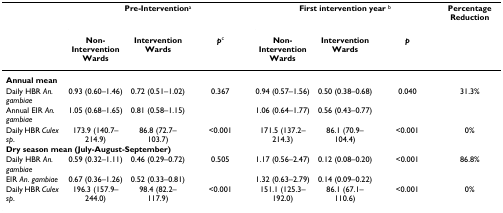
|  | <COLSPAN=3> Pre-Interventiona | <COLSPAN=3> First intervention year b | Percentage Reduction |
 |  | Non-Intervention Wards | Intervention Wards | pc | Non-Intervention Wards | Intervention Wards | p |  |
 | --- | --- | --- | --- | --- | --- | --- | --- |
 | <COLSPAN=8> Annual mean |
 | Daily HBR An. gambiae | 0.93 (0.60–1.46) | 0.72 (0.51–1.02) | 0.367 | 0.94 (0.57–1.56) | 0.50 (0.38–0.68) | 0.040 | 31.3% |
 | Annual EIR An. gambiae | 1.05 (0.68–1.65) | 0.81 (0.58–1.15) |  | 1.06 (0.64–1.77) | 0.56 (0.43–0.77) |  |  |
 | Daily HBR Culex sp. | 173.9 (140.7–214.9) | 86.8 (72.7–103.7) | <0.001 | 171.5 (137.2–214.3) | 86.1 (70.9–104.4) | <0.001 | 0% |
 | <COLSPAN=8> Dry season mean (July-August-September) |
 | Daily HBR An. gambiae | 0.59 (0.32–1.11) | 0.46 (0.29–0.72) | 0.505 | 1.17 (0.56–2.47) | 0.12 (0.08–0.20) | <0.001 | 86.8% |
 | EIR An. gambiae | 0.67 (0.36–1.26) | 0.52 (0.33–0.81) |  | 1.32 (0.63–2.79) | 0.14 (0.09–0.22) |  |  |
 | Daily HBR Culex sp. | 196.3 (157.9–244.0) | 98.4 (82.2–117.9) | <0.001 | 151.1 (125.3–192.0) | 86.1 (67.1–110.6) | <0.001 | 0% |